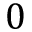
0